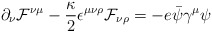
\begin{align*}\partial_{\nu} {\cal F}^{\nu \mu} -\frac{\kappa}{2}\epsilon^{\mu \nu \rho}{\cal F}_{\nu \rho} =-e \bar{\psi}\gamma^{\mu}\psi\end{align*}